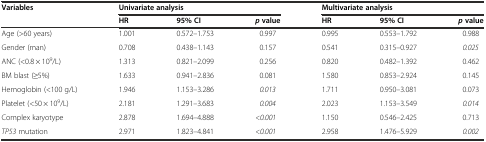
<table><thead><tr><td rowspan="2"><b>Variables</b></td><td colspan="3"><b>Univariate analysis</b></td><td colspan="3"><b>Multivariate analysis</b></td></tr><tr><td><b>HR</b></td><td><b>95% CI</b></td><td><b><i>p</i>value</b></td><td><b>HR</b></td><td><b>95% CI</b></td><td><b><i>p</i>value</b></td></tr></thead><tbody><tr><td>Age (&gt;60 years)</td><td>1.001</td><td>0.572–1.753</td><td>0.997</td><td>0.995</td><td>0.553–1.792</td><td>0.988</td></tr><tr><td>Gender (man)</td><td>0.708</td><td>0.438–1.143</td><td>0.157</td><td>0.541</td><td>0.315–0.927</td><td><i>0.025</i></td></tr><tr><td>ANC (&lt;0.8 × 10<sup>9</sup>/L)</td><td>1.313</td><td>0.821–2.099</td><td>0.256</td><td>0.820</td><td>0.482–1.392</td><td>0.462</td></tr><tr><td>BM blast (≥5%)</td><td>1.633</td><td>0.941–2.836</td><td>0.081</td><td>1.580</td><td>0.853–2.924</td><td>0.145</td></tr><tr><td>Hemoglobin (&lt;100 g/L)</td><td>1.946</td><td>1.153–3.286</td><td><i>0.013</i></td><td>1.711</td><td>0.950–3.081</td><td>0.073</td></tr><tr><td>Platelet (&lt;50 × 10<sup>9</sup>/L)</td><td>2.181</td><td>1.291–3.683</td><td><i>0.004</i></td><td>2.023</td><td>1.153–3.549</td><td><i>0.014</i></td></tr><tr><td>Complex karyotype</td><td>2.878</td><td>1.694–4.888</td><td><i>&lt;0.001</i></td><td>1.150</td><td>0.546–2.425</td><td>0.713</td></tr><tr><td><i>TP53</i> mutation</td><td>2.971</td><td>1.823–4.841</td><td><i>&lt;0.001</i></td><td>2.958</td><td>1.476–5.929</td><td><i>0.002</i></td></tr></tbody></table>